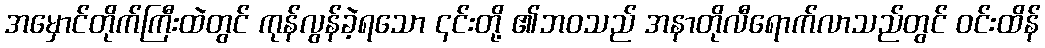
အမှောင်တိုက်ကြီးထဲတွင် ကုန်လွန်ခဲ့ရသော ၎င်းတို့ ၏ဘဝသည် အနာတိုလီရောက်လာသည်တွင် ဝင်းထိန်